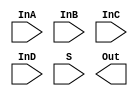
/*
    CS/ECE 552 Spring '19
    Homework #3, Problem 1

    a 4-bit (quad) 4-1 Mux template
*/
module mux4_1_4b(InA, InB, InC, InD, S, Out);

    // parameter N for length of inputs and outputs (to use with larger inputs/outputs)
    parameter N = 4;

    input [N-1:0]   InA, InB, InC, InD;
    input [1:0]     S;
    output [N-1:0]  Out;

    // YOUR CODE HERE

endmodule